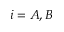
i = A , B